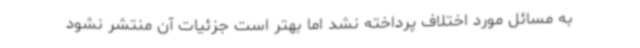
به مسائل مورد اختلاف پرداخته نشد اما بهتر است جزئیات آن منتشر نشود